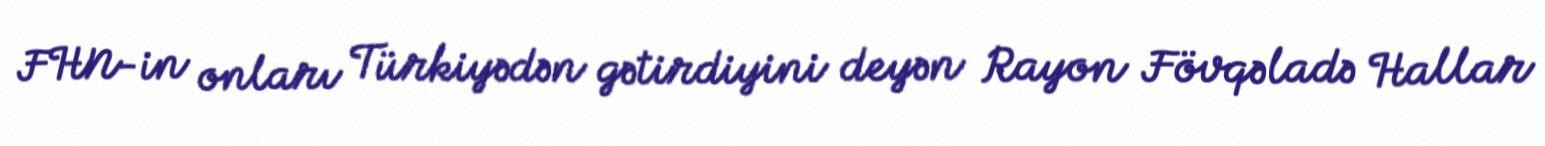
FHN-in onları Türkiyədən gətirdiyini deyən Rayon Fövqəladə Hallar